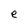
Character: e